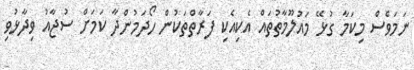
ނަމަވެސް މިކަމާ ގުޅޭ މައުލޫމާތުތައް އެކިއެކި ފަރާތްތަކުން ހޯދަމުންދާ ކަމަށް ސުޖާއު ވިދާޅުވި